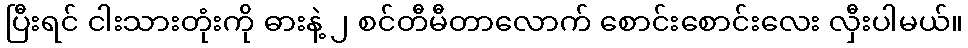
ပြီးရင် ငါးသားတုံးကို ဓားနဲ့ ၂ စင်တီမီတာလောက် စောင်းစောင်းလေး လှီးပါမယ်။